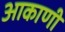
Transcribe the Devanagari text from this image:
आकाणी